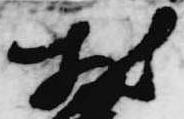
散